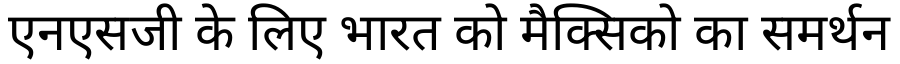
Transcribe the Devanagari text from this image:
एनएसजी के लिए भारत को मैक्सिको का समर्थन